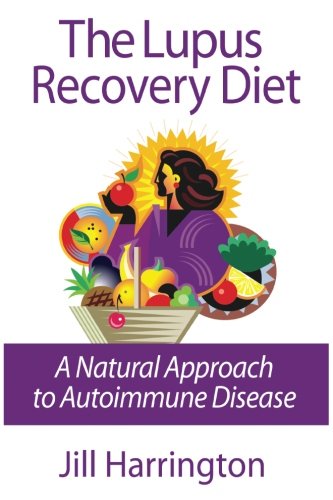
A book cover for The Lupus Recovery Diet: A Natural Approach to Autoimmune Disease That Really Works; Jill Harrington; Health, Fitness & Dieting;